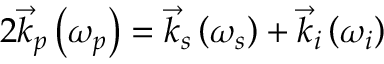
2 \vec { k } _ { p } \left( \omega _ { p } \right) = \vec { k } _ { s } \left( \omega _ { s } \right) + \vec { k } _ { i } \left( \omega _ { i } \right)